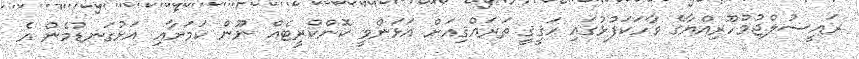
ރައީސުލްޖުމްހޫރިއްޔާގެ ވާހަކަފުޅުގައި ޙަޤީޤީ ތަރައްޤިއަށް އަޅަންވީ ކޮންކްރީޓެއް ނޫން ކަމަށާއި އަޅުގަނޑުމެން އެ